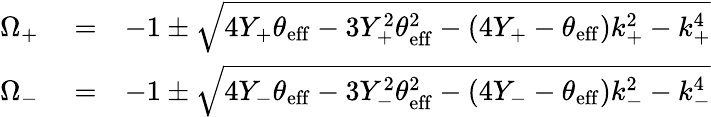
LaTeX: \begin{array}{rlr}{\Omega_{+}}&{{}=}&{-1\pm\sqrt{4Y_{+}\theta_{\mathrm{eff}}-3Y_{+}^{2}\theta_{\mathrm{eff}}^{2}-(4Y_{+}-\theta_{\mathrm{eff}})k_{+}^{2}-k_{+}^{4}}}\\ {\Omega_{-}}&{{}=}&{-1\pm\sqrt{4Y_{-}\theta_{\mathrm{eff}}-3Y_{-}^{2}\theta_{\mathrm{eff}}^{2}-(4Y_{-}-\theta_{\mathrm{eff}})k_{-}^{2}-k_{-}^{4}}}\end{array}